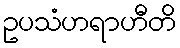
ဥပသံဟရာဟီတိ